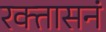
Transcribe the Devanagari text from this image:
रक्तासनं